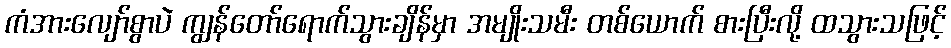
ကံအားလျော်စွာပဲ ကျွန်တော်ရောက်သွားချိန်မှာ အမျိုးသမီး တစ်ယောက် စားပြီးလို့ ထသွားသဖြင့်